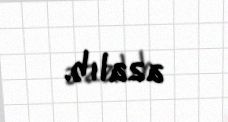
azalıb.